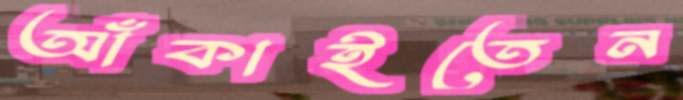
আঁকাইতেন